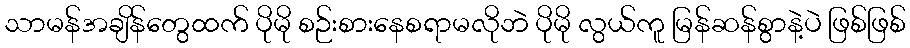
သာမန်အချိန်တွေထက် ပိုမို စဉ်းစားနေစရာမလိုဘဲ ပိုမို လွယ်ကူ မြန်ဆန်စွာနဲ့ပဲ ဖြစ်ဖြစ်